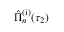
\hat { \Pi } _ { n } ^ { \mathrm { ( i ) } } ( \tau _ { 2 } )